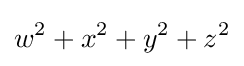
w^{2}+x^{2}+y^{2}+z^{2}